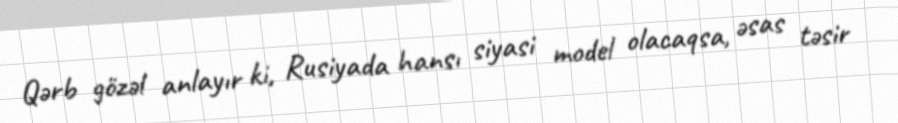
Qərb gözəl anlayır ki, Rusiyada hansı siyasi model olacaqsa, əsas təsir